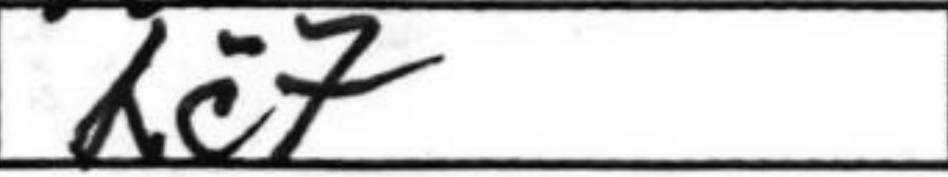
Transcription: Rc7